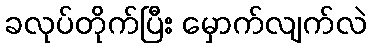
ခလုပ်တိုက်ပြီး မှောက်လျက်လဲ